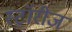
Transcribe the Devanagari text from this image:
स्टॉरीज